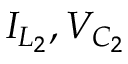
I _ { L _ { 2 } } , V _ { C _ { 2 } }